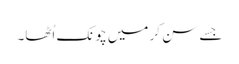
جسے سن کر میں چونک اُٹھا۔